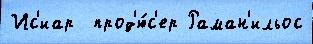
Ис'иар  прод'ю́с'ер Раман'ильос